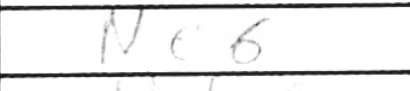
Transcription: Ne6